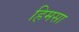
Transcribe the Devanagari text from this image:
हिमसा